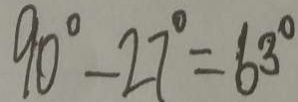
9 0 ^ { \circ } - 2 7 ^ { \circ } = 6 3 ^ { \circ }